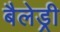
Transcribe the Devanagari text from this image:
बैलेड्री